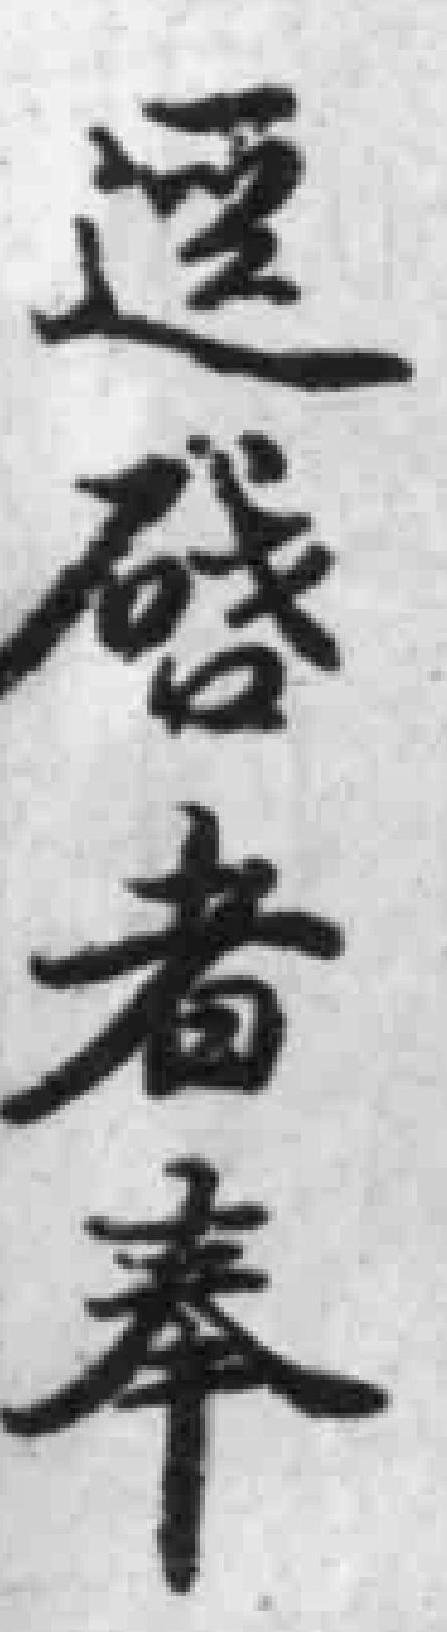
遥啟者奉